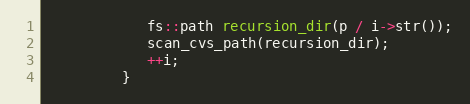
Language: C++
            fs::path recursion_dir(p / i->str());
            scan_cvs_path(recursion_dir);
            ++i;
         }